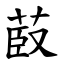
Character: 菣